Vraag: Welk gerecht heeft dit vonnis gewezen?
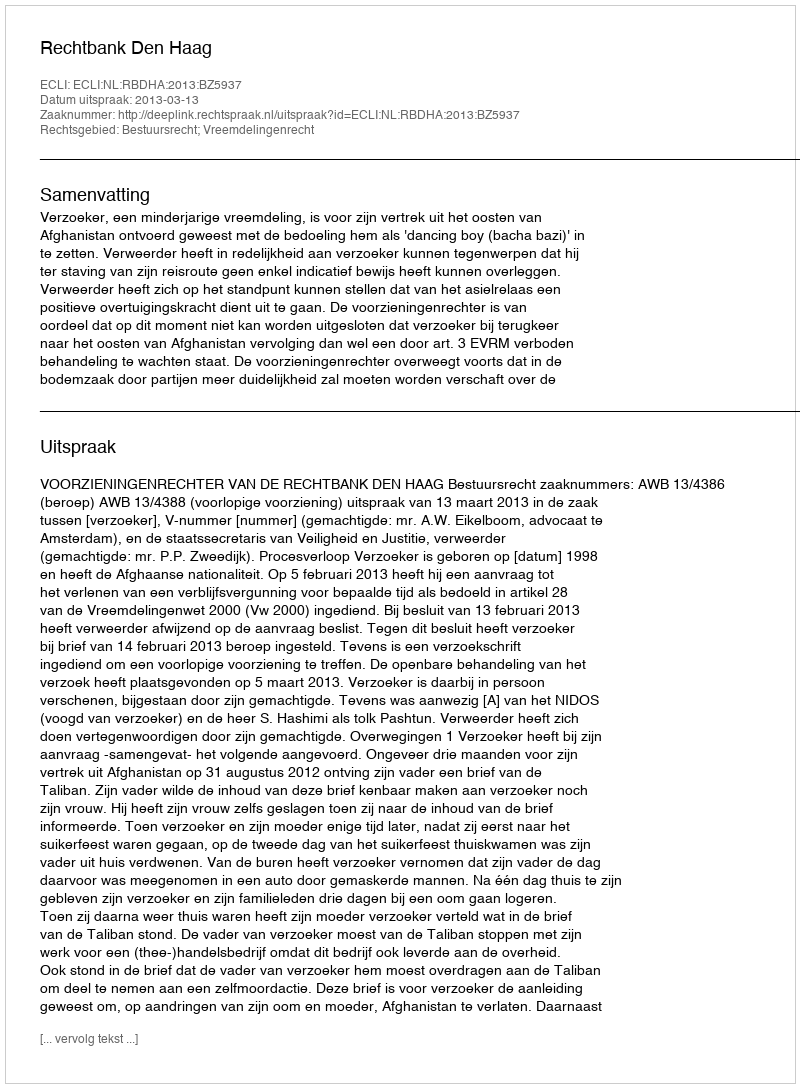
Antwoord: Rechtbank Den Haag